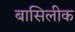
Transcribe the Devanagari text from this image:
बासिलीक